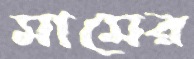
মামের